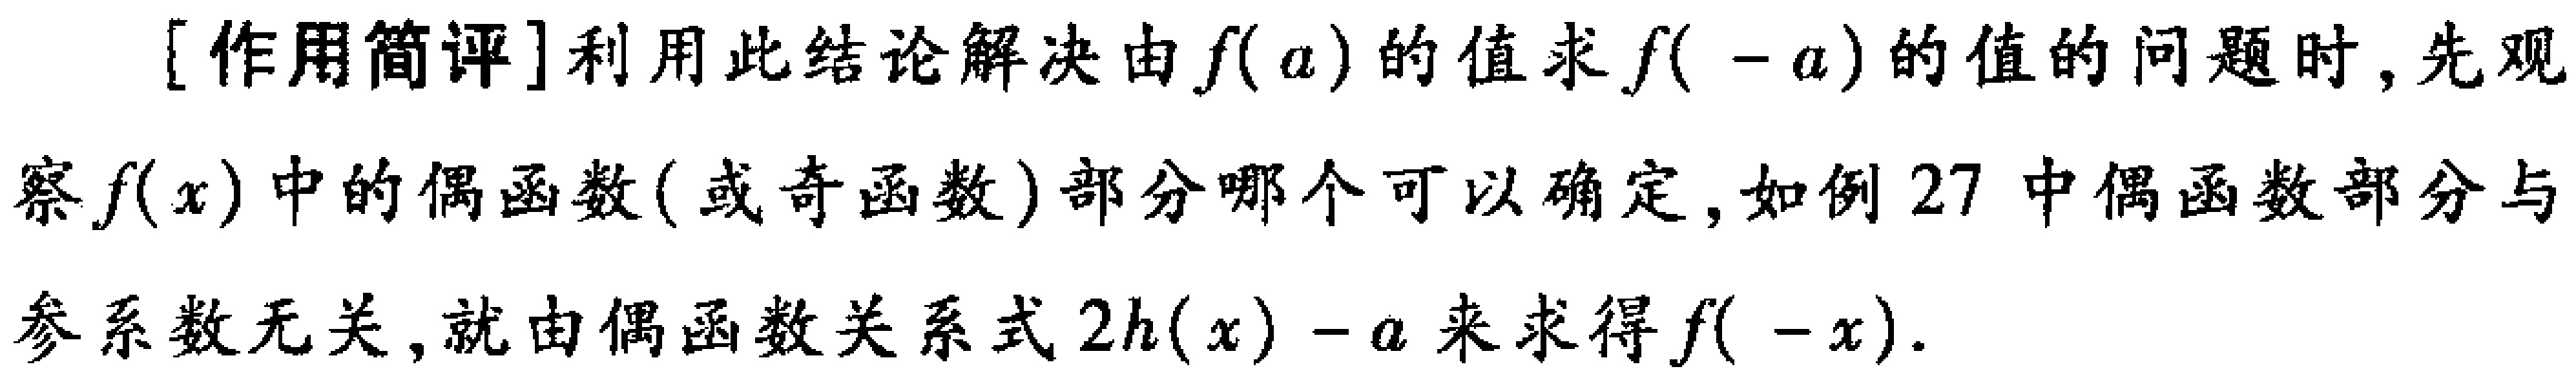
[作用简评]利用此结论解决由\(f(a)\)的值求\(f( - a)\)的值的问题时,先观察\(f(x)\)中的偶函数(或奇函数)部分哪个可以确定,如例27中偶函数部分与参系数无关,就由偶函数关系式\(2h(x)-a\)来求得\(f( - x)\).